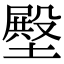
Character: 壂